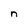
Character: n